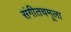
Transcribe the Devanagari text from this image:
संगीतचमूला